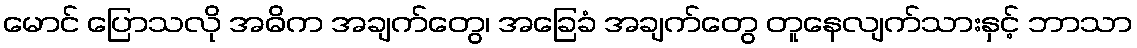
မောင် ပြောသလို အဓိက အချက်တွေ၊ အခြေခံ အချက်တွေ တူနေလျက်သားနှင့် ဘာသာ